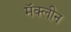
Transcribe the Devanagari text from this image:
मॅक्लीन